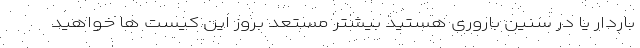
باردار یا در سنین باروری هستید بیشتر مستعد بروز این کیست‌ ها خواهید